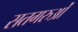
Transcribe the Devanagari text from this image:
सतगरुओं